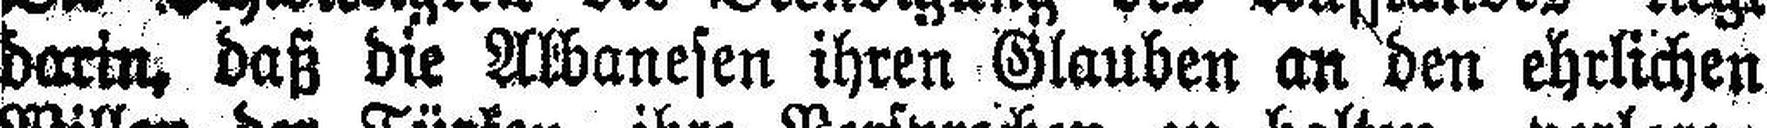
darin, daß die Albanesen ihren Glauben an den ehrlichen